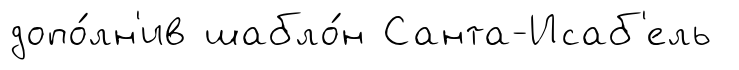
допо́лн'ив шабло́н Санта-Исаб'ель